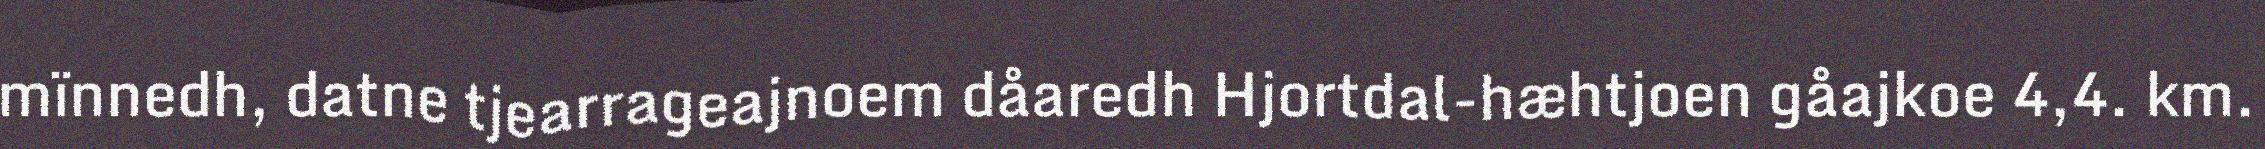
mïnnedh, datne tjearrageajnoem dåaredh Hjortdal-hæhtjoen gåajkoe 4,4. km.